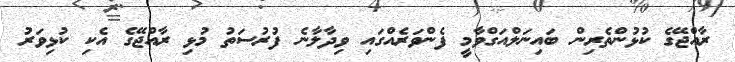
ރާއްޖޭގެ ކުޅުންތެރިން ބައިނަލްއަގްވާމީ ފެންވަރެއްގައި ވިދާލާނެ ފުރުސަތު މުޅި ރާއްޖޭގެ އެކި ކުޅިވަރު